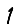
Digit: 1